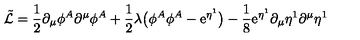
\tilde { \cal L } = \frac { 1 } { 2 } \partial _ { \mu } \phi ^ { A } \partial ^ { \mu } \phi ^ { A } + \frac { 1 } { 2 } \lambda \bigl ( \phi ^ { A } \phi ^ { A } - \mathrm { e } ^ { \eta ^ { 1 } } \bigr ) - \frac { 1 } { 8 } \mathrm { e } ^ { \eta ^ { 1 } } \partial _ { \mu } \eta ^ { 1 } \partial ^ { \mu } \eta ^ { 1 }